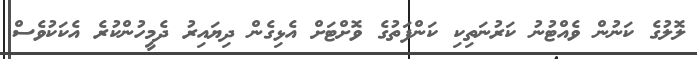
ލޮލުގެ ކަނުން ވެއްޓުނު ކަރުނަތިކި ކަންފަތުގެ ވޮށްޓަށް އެޅިގެން ދިޔައިރު ދެމީހުންކުރެ އެކަކުވެސް